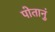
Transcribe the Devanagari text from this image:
पोतानुं